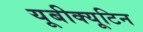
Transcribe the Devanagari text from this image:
यूबीक्यूटिन